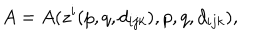
LaTeX: A = A ( z ^ { i } ( p , q , d _ { i j k } ) , p , q , d _ { i j k } ) ,